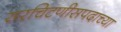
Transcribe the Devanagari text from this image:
सरचिटणीसपदाच्या